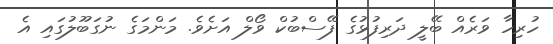
ހުރިހާ ވަރެއް ބޭލީ ދަރިފުޅުގެ ފޭސްބުކް ވޯލް އަށެވެ. މަންމަގެ ނުގަބޫލުގައި އެ